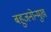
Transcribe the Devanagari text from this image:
बहुजनोन्मुख